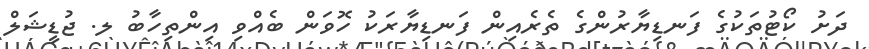
ދަށު ކޯޓުތަކުގެ ފަނޑިޔާރުންގެ ތެރެއިން ފަނޑިޔާރަކު ހޮވަން ބެއްވި އިންތިހާބު ލ. ޖުޑީޝަލް